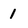
Character: 1